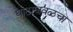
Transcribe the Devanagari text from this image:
घाटाजवळचा